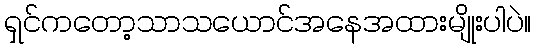
ရှင်ကတော့သာသယောင်အနေအထားမျိုးပါပဲ။